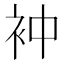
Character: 衶